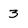
Character: 3